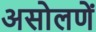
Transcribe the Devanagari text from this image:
असोलणें